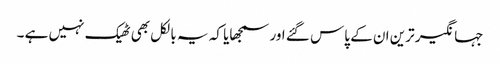
جہانگیر ترین ان کے پاس گئے اور سمجھایا کہ یہ بالکل بھی ٹھیک نہیں ہے ۔